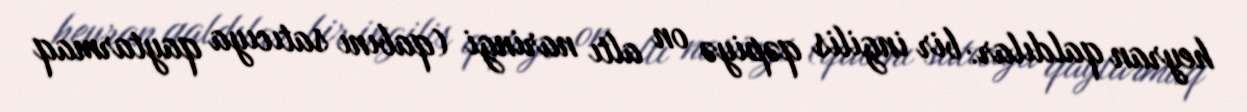
heyran qaldılar: bir ingilis qəpiyə on altı naringi (qabını satıcıya qaytarmaq